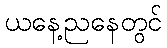
ယနေ့ညနေတွင်